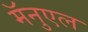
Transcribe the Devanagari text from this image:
मॅनुएल